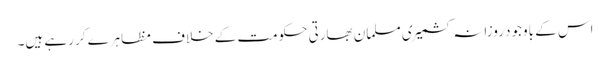
اس کے باوجود روزانہ کشمیری مسلمان بھارتی حکومت کے خلاف مظاہرے کر رہے ہیں۔